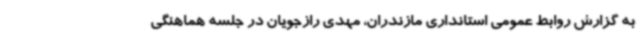
به گزارش روابط عمومی استانداری مازندران، مهدی رازجویان در جلسه هماهنگی